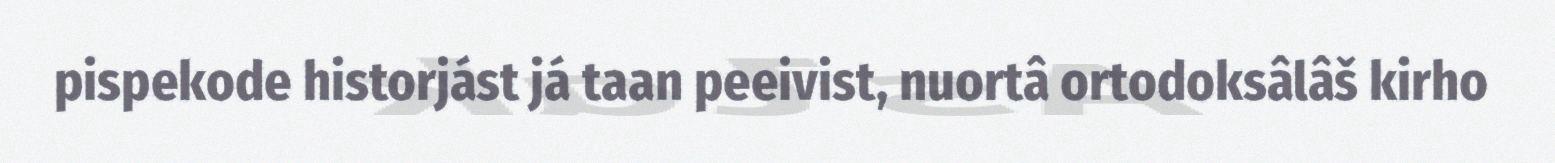
pispekode historjást já taan peeivist, nuortâ ortodoksâlâš kirho